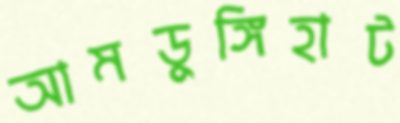
আমডুঙ্গিহাট